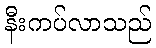
နီးကပ်လာသည်